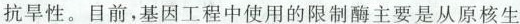
抗旱性。目前，基因工程中使用的限制酶主要是从原核生